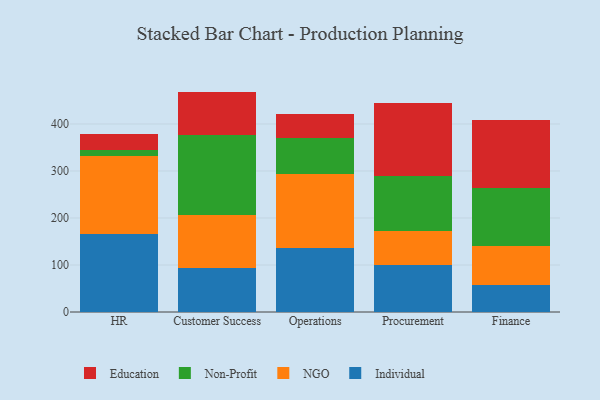
{"axis": {"x": "Department", "y": "Latency (ms)"}, "legend": ["Education", "Individual", "NGO", "Non-Profit"], "data": [{"x": "HR", "y": 165.5, "type": "Individual"}, {"x": "HR", "y": 165.7, "type": "NGO"}, {"x": "HR", "y": 14.5, "type": "Non-Profit"}, {"x": "HR", "y": 32.8, "type": "Education"}, {"x": "Customer Success", "y": 93.1, "type": "Individual"}, {"x": "Customer Success", "y": 112.8, "type": "NGO"}, {"x": "Customer Success", "y": 171.5, "type": "Non-Profit"}, {"x": "Customer Success", "y": 91.5, "type": "Education"}, {"x": "Operations", "y": 136.3, "type": "Individual"}, {"x": "Operations", "y": 158.3, "type": "NGO"}, {"x": "Operations", "y": 76.1, "type": "Non-Profit"}, {"x": "Operations", "y": 50.7, "type": "Education"}, {"x": "Procurement", "y": 99.9, "type": "Individual"}, {"x": "Procurement", "y": 73.0, "type": "NGO"}, {"x": "Procurement", "y": 116.0, "type": "Non-Profit"}, {"x": "Procurement", "y": 155.8, "type": "Education"}, {"x": "Finance", "y": 56.8, "type": "Individual"}, {"x": "Finance", "y": 84.4, "type": "NGO"}, {"x": "Finance", "y": 122.4, "type": "Non-Profit"}, {"x": "Finance", "y": 143.9, "type": "Education"}]}